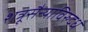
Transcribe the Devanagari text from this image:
शत्रूसैन्याविरुद्ध